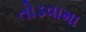
તોડવામા